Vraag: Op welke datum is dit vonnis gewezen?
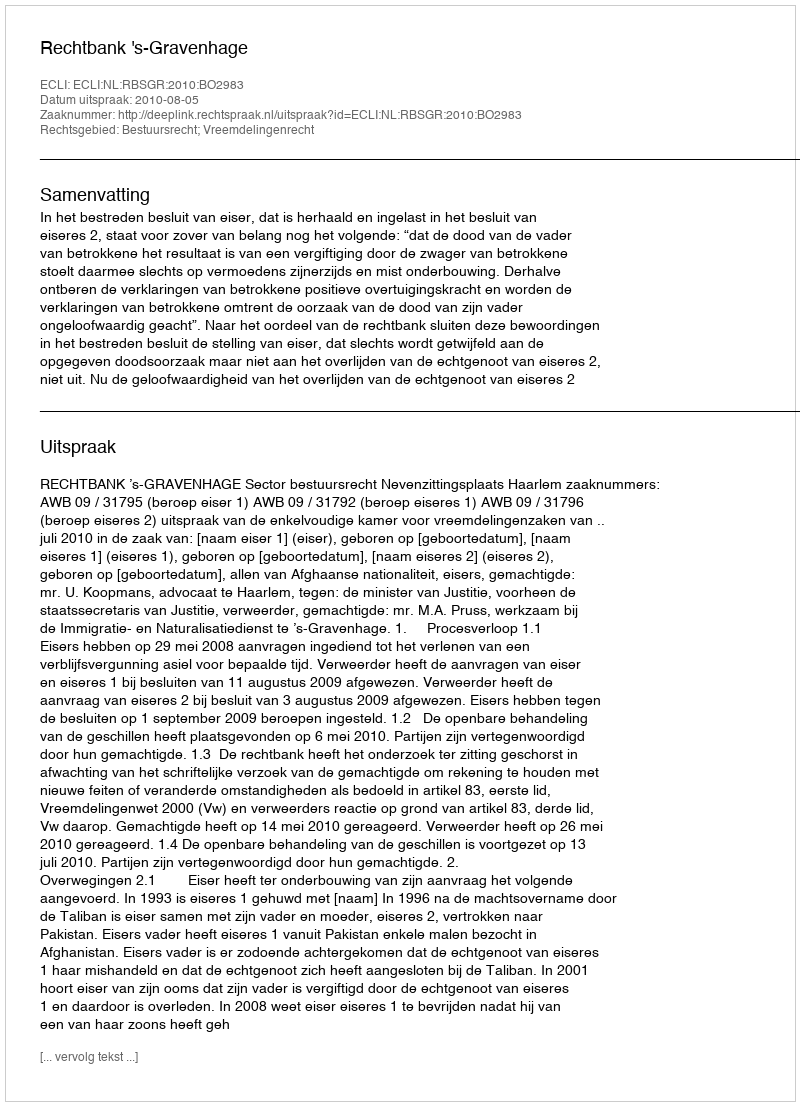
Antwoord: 2010-08-05